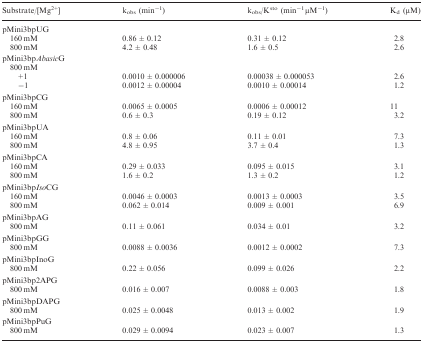
<table><thead><tr><td><b>Substrate/[Mg<sup>2+</sup>]</b></td><td><b>k<sub>obs</sub> (min<sup>−1</sup>)</b></td><td><b>k<sub>obs</sub>/K<sup>sto </sup>(min<sup>−1 </sup>μM<sup>−1</sup>)</b></td><td><b>K<sub>d</sub> (μM)</b></td></tr></thead><tbody><tr><td>pMini3bpUG</td></tr><tr><td>160 mM</td><td>0.86 ± 0.12</td><td>0.31 ± 0.12</td><td>2.8</td></tr><tr><td>800 mM</td><td>4.2 ± 0.48</td><td>1.6 ± 0.5</td><td>2.6</td></tr><tr><td colspan="4">pMini3bp<i>Abasic</i>G</td></tr><tr><td>800 mM</td></tr><tr><td>+1</td><td>0.0010 ± 0.000006</td><td>0.00038 ± 0.000053</td><td>2.6</td></tr><tr><td>−1</td><td>0.0012 ± 0.00004</td><td>0.0010 ± 0.00014</td><td>1.2</td></tr><tr><td colspan="4">pMini3bpCG</td></tr><tr><td>160 mM</td><td>0.0065 ± 0.0005</td><td>0.0006 ± 0.00012</td><td>11</td></tr><tr><td>800 mM</td><td>0.6 ± 0.3</td><td>0.19 ± 0.12</td><td>3.2</td></tr><tr><td colspan="4">pMini3bpUA</td></tr><tr><td>160 mM</td><td>0.8 ± 0.06</td><td>0.11 ± 0.01</td><td>7.3</td></tr><tr><td>800 mM</td><td>4.8 ± 0.95</td><td>3.7 ± 0.4</td><td>1.3</td></tr><tr><td colspan="4">pMini3bpCA</td></tr><tr><td>160 mM</td><td>0.29 ± 0.033</td><td>0.095 ± 0.015</td><td>3.1</td></tr><tr><td>800 mM</td><td>1.6 ± 0.2</td><td>1.3 ± 0.2</td><td>1.2</td></tr><tr><td colspan="4">pMini3bp<i>Iso</i>CG</td></tr><tr><td>160 mM</td><td>0.0046 ± 0.0003</td><td>0.0013 ± 0.0003</td><td>3.5</td></tr><tr><td>800 mM</td><td>0.062 ± 0.014</td><td>0.009 ± 0.001</td><td>6.9</td></tr><tr><td colspan="4">pMini3bpAG</td></tr><tr><td>800 mM</td><td>0.11 ± 0.061</td><td>0.034 ± 0.01</td><td>3.2</td></tr><tr><td colspan="4">pMini3bpGG</td></tr><tr><td>800 mM</td><td>0.0088 ± 0.0036</td><td>0.0012 ± 0.0002</td><td>7.3</td></tr><tr><td colspan="4">pMini3bpInoG</td></tr><tr><td>800 mM</td><td>0.22 ± 0.056</td><td>0.099 ± 0.026</td><td>2.2</td></tr><tr><td colspan="4">pMini3bp2APG</td></tr><tr><td>800 mM</td><td>0.016 ± 0.007</td><td>0.0088 ± 0.003</td><td>1.8</td></tr><tr><td colspan="4">pMini3bpDAPG</td></tr><tr><td>800 mM</td><td>0.025 ± 0.0048</td><td>0.013 ± 0.002</td><td>1.9</td></tr><tr><td colspan="4">pMini3bpPuG</td></tr><tr><td>800 mM</td><td>0.029 ± 0.0094</td><td>0.023 ± 0.007</td><td>1.3</td></tr></tbody></table>